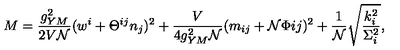
M = \frac { g _ { Y M } ^ { 2 } } { 2 V { \cal N } } ( w ^ { i } + \Theta ^ { i j } n _ { j } ) ^ { 2 } + \frac { V } { 4 g _ { Y M } ^ { 2 } { \cal N } } ( m _ { i j } + { \cal N } \Phi { i j } ) ^ { 2 } + \frac { 1 } { \cal N } \sqrt { \frac { k _ { i } ^ { 2 } } { \Sigma _ { i } ^ { 2 } } } ,